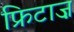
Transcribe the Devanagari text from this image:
फ्रिटाज़